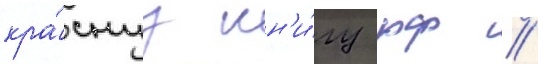
кра́снуу кн'и́гу рф //